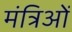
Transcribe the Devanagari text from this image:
मंत्रिओं